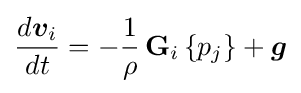
{\frac {d{\boldsymbol {v}}_{i}}{dt}}=-{\frac {1}{\rho }}\operatorname {\mathbf {G} } _{i}\left\{p_{j}\right\}+{\boldsymbol {g}}